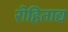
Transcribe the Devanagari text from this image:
रोहिताद्य